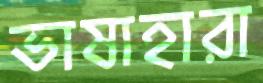
ভাষাহারা